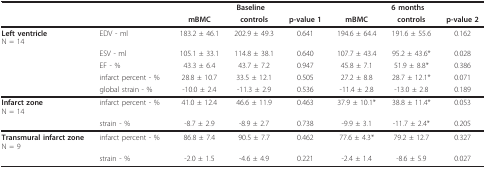
<table><thead><tr><td></td><td></td><td colspan="3"><b>Baseline</b></td><td colspan="3"><b>6 months</b></td></tr><tr><td></td><td></td><td><b>mBMC</b></td><td><b>controls</b></td><td><b>p-value 1</b></td><td><b>mBMC</b></td><td><b>controls</b></td><td><b>p-value 2</b></td></tr></thead><tbody><tr><td><b>Left ventricle</b>N = 14</td><td>EDV - ml</td><td>183.2 ± 46.1</td><td>202.9 ± 49.3</td><td>0.641</td><td>194.6 ± 64.4</td><td>191.6 ± 55.6</td><td>0.162</td></tr><tr><td></td><td>ESV - ml</td><td>105.1 ± 33.1</td><td>114.8 ± 38.1</td><td>0.640</td><td>107.7 ± 43.4</td><td>95.2 ± 43.6*</td><td>0.028</td></tr><tr><td></td><td>EF - %</td><td>43.3 ± 6.4</td><td>43.7 ± 7.2</td><td>0.947</td><td>45.8 ± 7.1</td><td>51.9 ± 8.8*</td><td>0.386</td></tr><tr><td></td><td>infarct percent - %</td><td>28.8 ± 10.7</td><td>33.5 ± 12.1</td><td>0.505</td><td>27.2 ± 8.8</td><td>28.7 ± 12.1*</td><td>0.071</td></tr><tr><td></td><td>global strain - %</td><td>-10.0 ± 2.4</td><td>-11.3 ± 2.9</td><td>0.536</td><td>-11.4 ± 2.8</td><td>-13.0 ± 2.8</td><td>0.189</td></tr><tr><td><b>Infarct zone</b>N = 14</td><td>infarct percent - %</td><td>41.0 ± 12.4</td><td>46.6 ± 11.9</td><td>0.463</td><td>37.9 ± 10.1*</td><td>38.8 ± 11.4*</td><td>0.053</td></tr><tr><td></td><td>strain - %</td><td>-8.7 ± 2.9</td><td>-8.9 ± 2.7</td><td>0.738</td><td>-9.9 ± 3.1</td><td>-11.7 ± 2.4*</td><td>0.205</td></tr><tr><td><b>Transmural infarct zone</b>N = 9</td><td>infarct percent - %</td><td>86.8 ± 7.4</td><td>90.5 ± 7.7</td><td>0.462</td><td>77.6 ± 4.3*</td><td>79.2 ± 12.7</td><td>0.327</td></tr><tr><td></td><td>strain - %</td><td>-2.0 ± 1.5</td><td>-4.6 ± 4.9</td><td>0.221</td><td>-2.4 ± 1.4</td><td>-8.6 ± 5.9</td><td>0.027</td></tr></tbody></table>